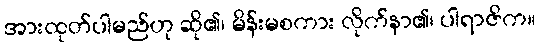
အားထုတ်ပါမည်ဟု ဆို၏၊ မိန်းမစကား လိုက်နာ၏၊ ပါရာဇိက။